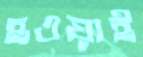
হওয়াই